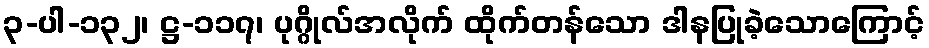
၃-ပါ-၁၃၂၊ ဋ္ဌ-၁၁၇၊ ပုဂ္ဂိုလ်အလိုက် ထိုက်တန်သော ဒါနပြုခဲ့သောကြောင့်